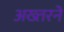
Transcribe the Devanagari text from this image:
अख्तरने